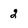
Character: 2